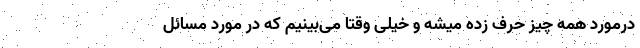
درمورد همه چیز حرف زده میشه و خیلی وقتا می‌بینیم که در مورد مسائل